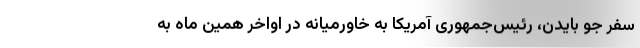
سفر جو بایدن، رئیس‌جمهوری آمریکا به خاورمیانه در اواخر همین ماه به